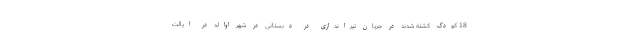
18 کودک کشته شدند در جریان تیراندازی در دبستانی در شهر اوالد در ایالت